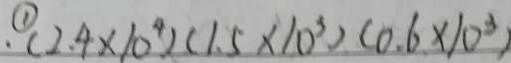
\textcircled { 1 } \cdot ( 2 . 4 \times 1 0 ^ { 4 } ) ( 1 . 5 \times 1 0 ^ { 3 } ) ( 0 . 6 \times 1 0 ^ { 3 } )